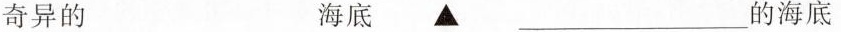
奇异的 海底 ▲ ___的海底